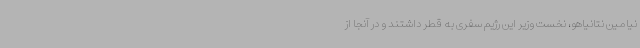
نیامین نتانیاهو، نخست وزیر این رژیم سفری به قطر داشتند و در آنجا از